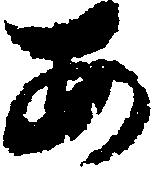
あ